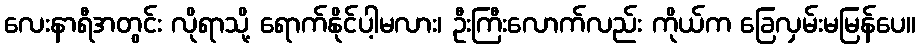
လေးနာရီအတွင်း လိုရာသို့ ရောက်နိုင်ပါ့မလား၊ ဦးကြီးလောက်လည်း ကိုယ်က ခြေလှမ်းမမြန်ပေ။